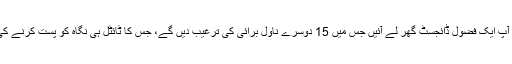
- ایک اسلامی ناول کی خاطر آپ ایک فضول ڈائجسٹ گھر لے آئیں جس میں 15 دوسرے ناول برائی کی ترغیب دیں گے، جس کا ٹائٹل ہی نگاہ کو پست کرنے کی بجائے بدنگاہی کی تبلیغ ہو؟